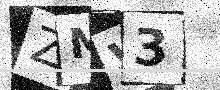
Text: ZMV3